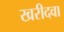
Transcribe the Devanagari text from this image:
खरीदवा